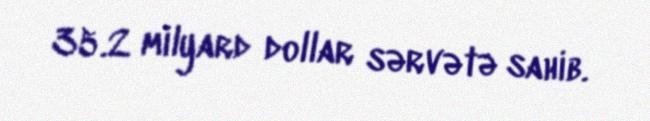
35.2 milyard dollar sərvətə sahib.